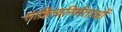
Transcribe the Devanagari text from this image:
साहित्यनिर्मताओं